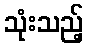
သုံးသည့်